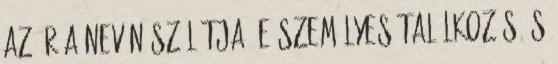
az Úr a nevén szólítja. E személyes találkozás és